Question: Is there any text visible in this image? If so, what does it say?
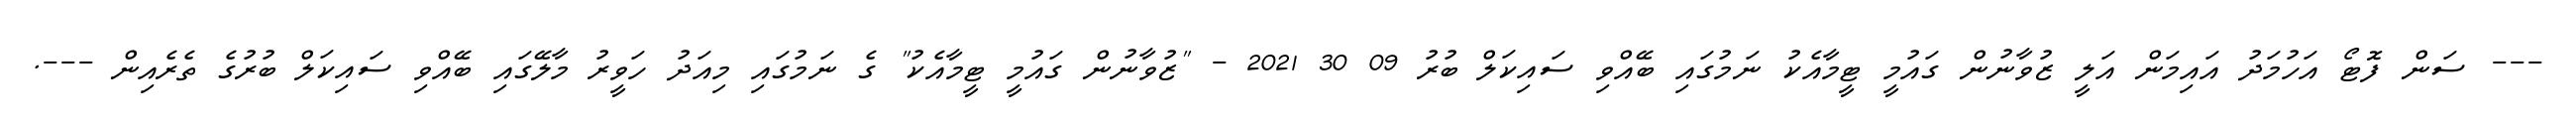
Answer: --- ސަން ފޮޓޯ އަހުމަދު އައިމަން އަލީ ޒުވާނުން ގައުމީ ޓީމާއެކު ނަމުގައި ބޭއްވި ސައިކަލް ބުރު 09 30 2021 - "ޒުވާނުން ގައުމީ ޓީމާއެކު" ގެ ނަމުގައި މިއަދު ހަވީރު މާލޭގައި ބޭއްވި ސައިކަލް ބުރުގެ ތެރެއިން ---.